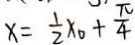
x = \frac { 1 } { 2 } x _ { 0 } + \frac { \pi } { 4 }